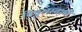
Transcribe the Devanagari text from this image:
विट्ठलस्वामी